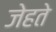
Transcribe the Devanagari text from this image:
जेहते